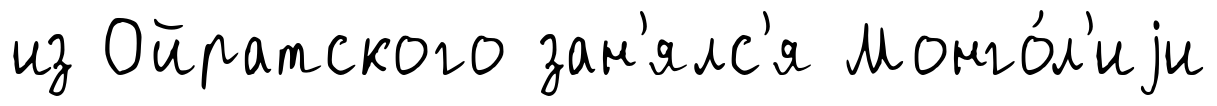
из Ойратского зан'ялс'я Монго́л'иjи